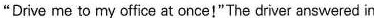
"Drive me to my office at once!" The driver answered in